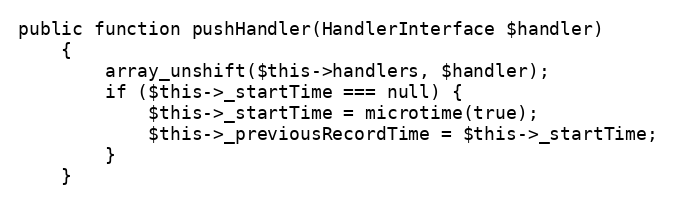
Language: PHP
public function pushHandler(HandlerInterface $handler)
    {
        array_unshift($this->handlers, $handler);
        if ($this->_startTime === null) {
            $this->_startTime = microtime(true);
            $this->_previousRecordTime = $this->_startTime;
        }
    }